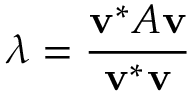
\lambda = { \frac { \mathbf { v } ^ { * } A \mathbf { v } } { \mathbf { v } ^ { * } \mathbf { v } } }